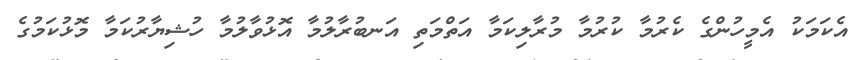
އެކަމަކު އެމީހުންގެ ކެރުމާ ކުރުމާ މުރާލިކަމާ އަތްމަތި އަނބުރާލުމާ އޮޅުވާލުމާ ހުޝިޔާރުކަމާ މޮޅުކަމުގެ